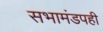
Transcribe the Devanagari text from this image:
सभामंडपही